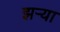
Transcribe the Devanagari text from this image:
झर्‍या